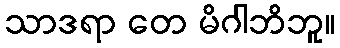
သာဒရာ တေ မိဂါဘိဘူ။